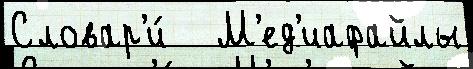
Словар'и́   М'ед'иафайлы